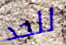
للحد